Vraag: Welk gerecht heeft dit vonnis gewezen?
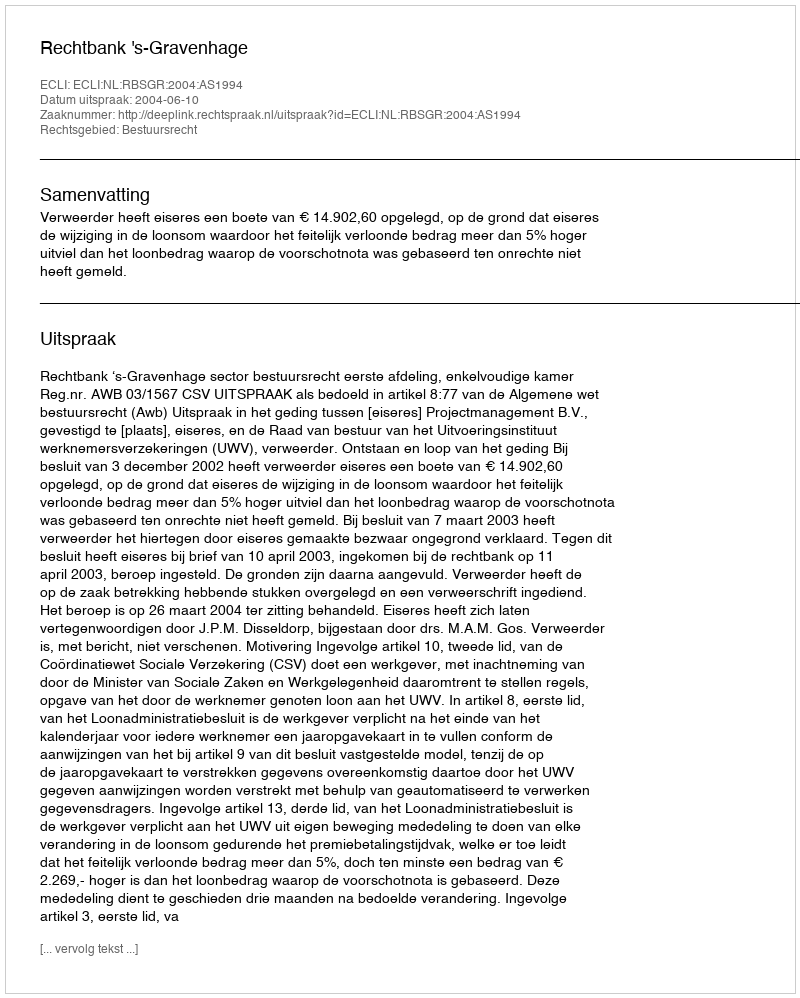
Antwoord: Rechtbank 's-Gravenhage